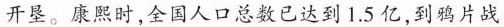
开垦。康熙时，全国人口总数已达到1.5亿，到鸦片战